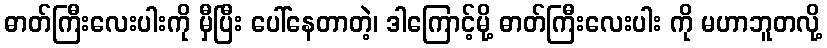
ဓာတ်ကြီးလေးပါးကို မှီပြီး ပေါ်နေတာတဲ့၊ ဒါကြောင့်မို့ ဓာတ်ကြီးလေးပါး ကို မဟာဘူတလို့